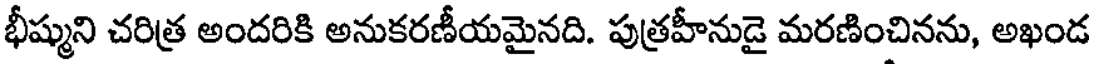
భీష్ముని చరిత్ర అందరికి అనుకరణీయమైనది. పుత్రహీనుడై మరణించినను, అఖండ